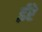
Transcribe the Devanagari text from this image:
ईरे